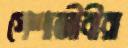
পেশাজীবীরা